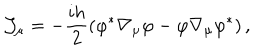
LaTeX: { \cal J } _ { \mu } = - \frac { i h } 2 \left( \varphi ^ { * } \nabla _ { \mu } \varphi - \varphi \nabla _ { \mu } \varphi ^ { * } \right) ,